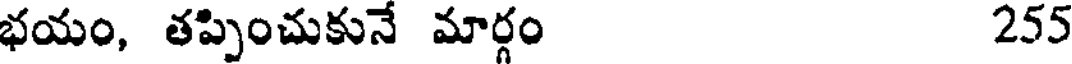
భయం, తప్పించుకునే మార్గం 255